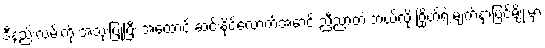
ဒီနည်းလမ်းကို အသုံးပြုပြီး အထောင် ဆင်းနိုင်လောက်အောင် ညီညာတဲ့ ဘယ်လို ဂြိုဟ်ရဲ့ မျက်နှာပြင်မျိုးမှာ